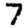
Digit: 7